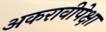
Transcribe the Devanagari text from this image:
अकरावीपेक्षा